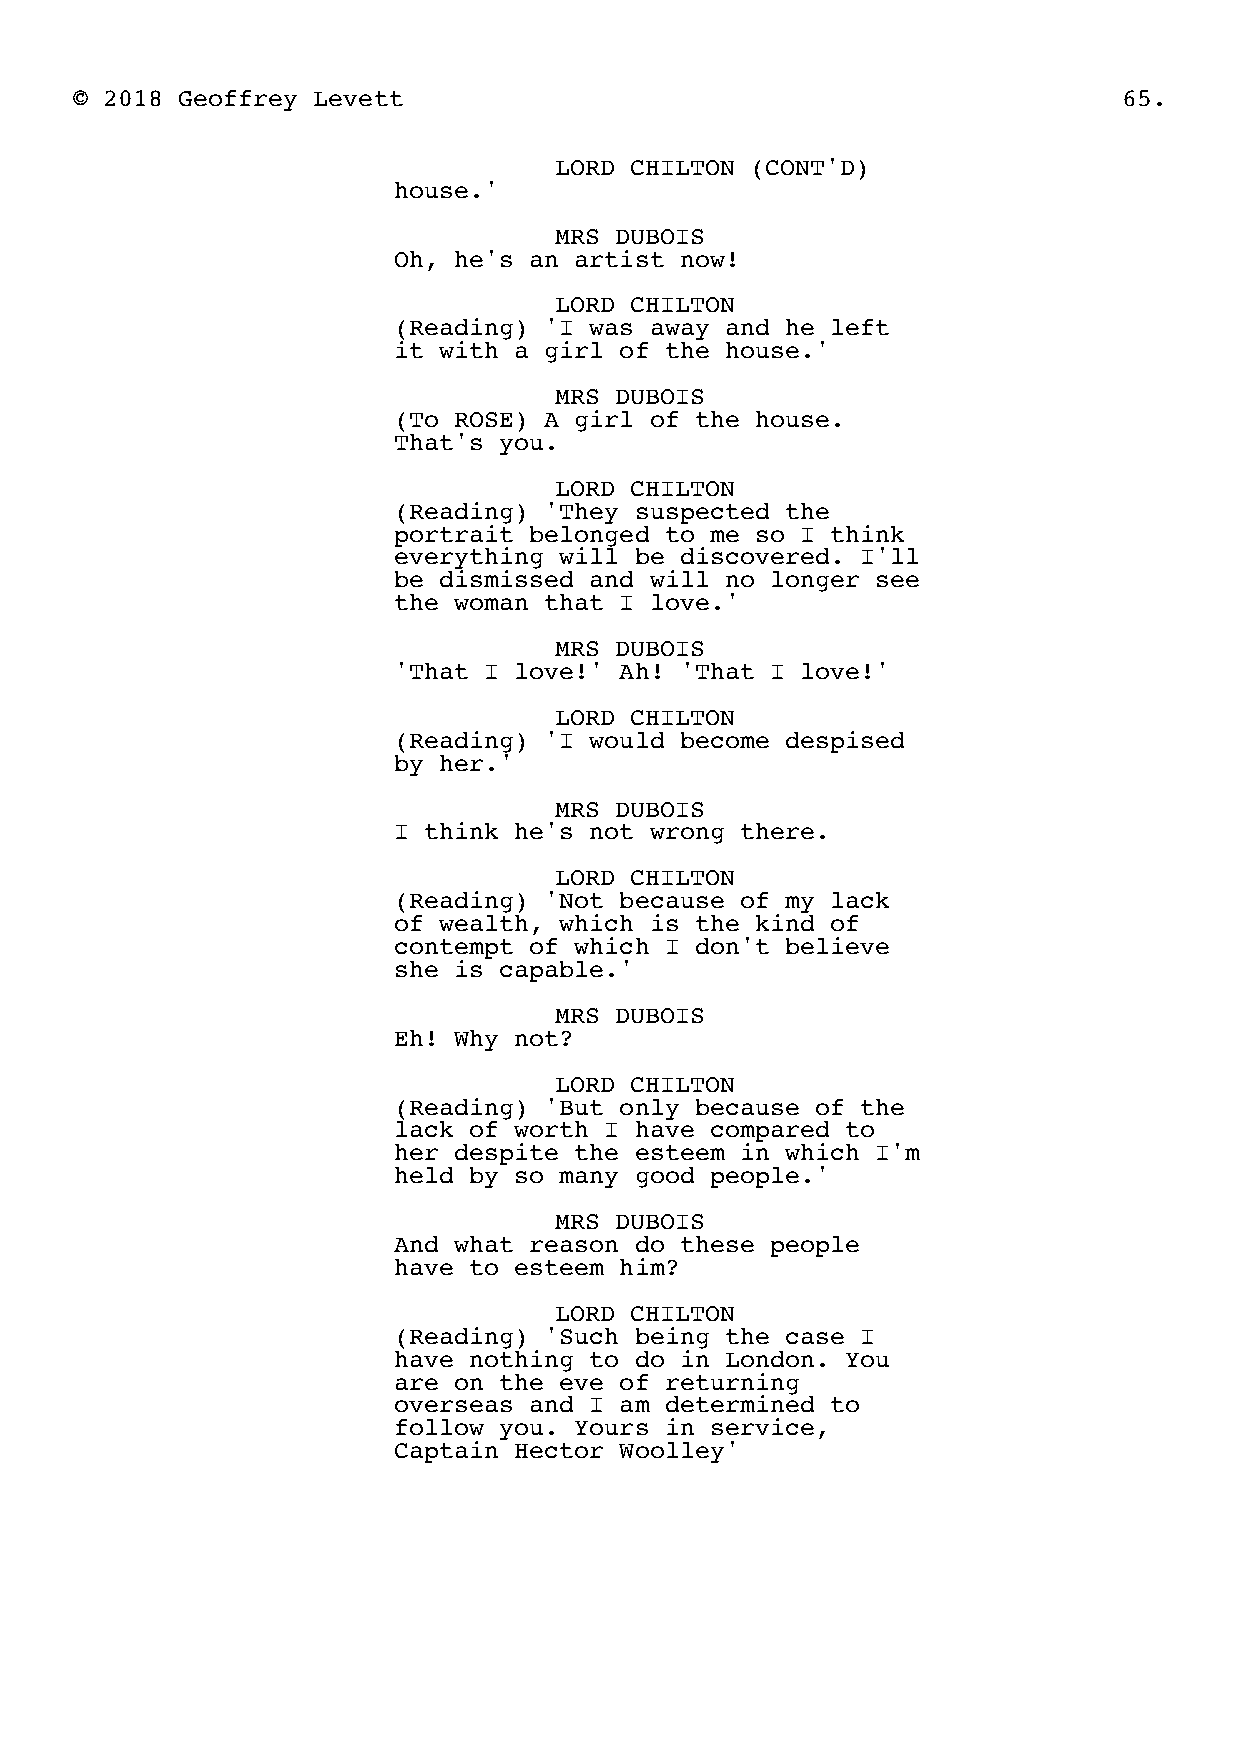
© 2018 Geoffrey Levett                                               65.
 LORD CHILTON (CONT'D)
 house.'
 MRS DUBOIS
 Oh, he's an artist now!
 LORD CHILTON
 (Reading) 'I was away and he left
 it with a girl of the house.'
 MRS DUBOIS
 (To ROSE) A girl of the house.
 That's you.
 LORD CHILTON
 (Reading) 'They suspected the
 portrait belonged to me so I think
 everything will be discovered. I'll
 be dismissed and will no longer see
 the woman that I love.'
 MRS DUBOIS
 'That I love!' Ah! 'That I love!'
 LORD CHILTON
 (Reading) 'I would become despised
 by her.'
 MRS DUBOIS
 I think he's not wrong there.
 LORD CHILTON
 (Reading) 'Not because of my lack
 of wealth, which is the kind of
 contempt of which I don't believe
 she is capable.'
 MRS DUBOIS
 Eh! Why not?
 LORD CHILTON
 (Reading) 'But only because of the
 lack of worth I have compared to
 her despite the esteem in which I'm
 held by so many good people.'
 MRS DUBOIS
 And what reason do these people
 have to esteem him?
 LORD CHILTON
 (Reading) 'Such being the case I
 have nothing to do in London. You
 are on the eve of returning
 overseas and I am determined to
 follow you. Yours in service,
 Captain Hector Woolley'